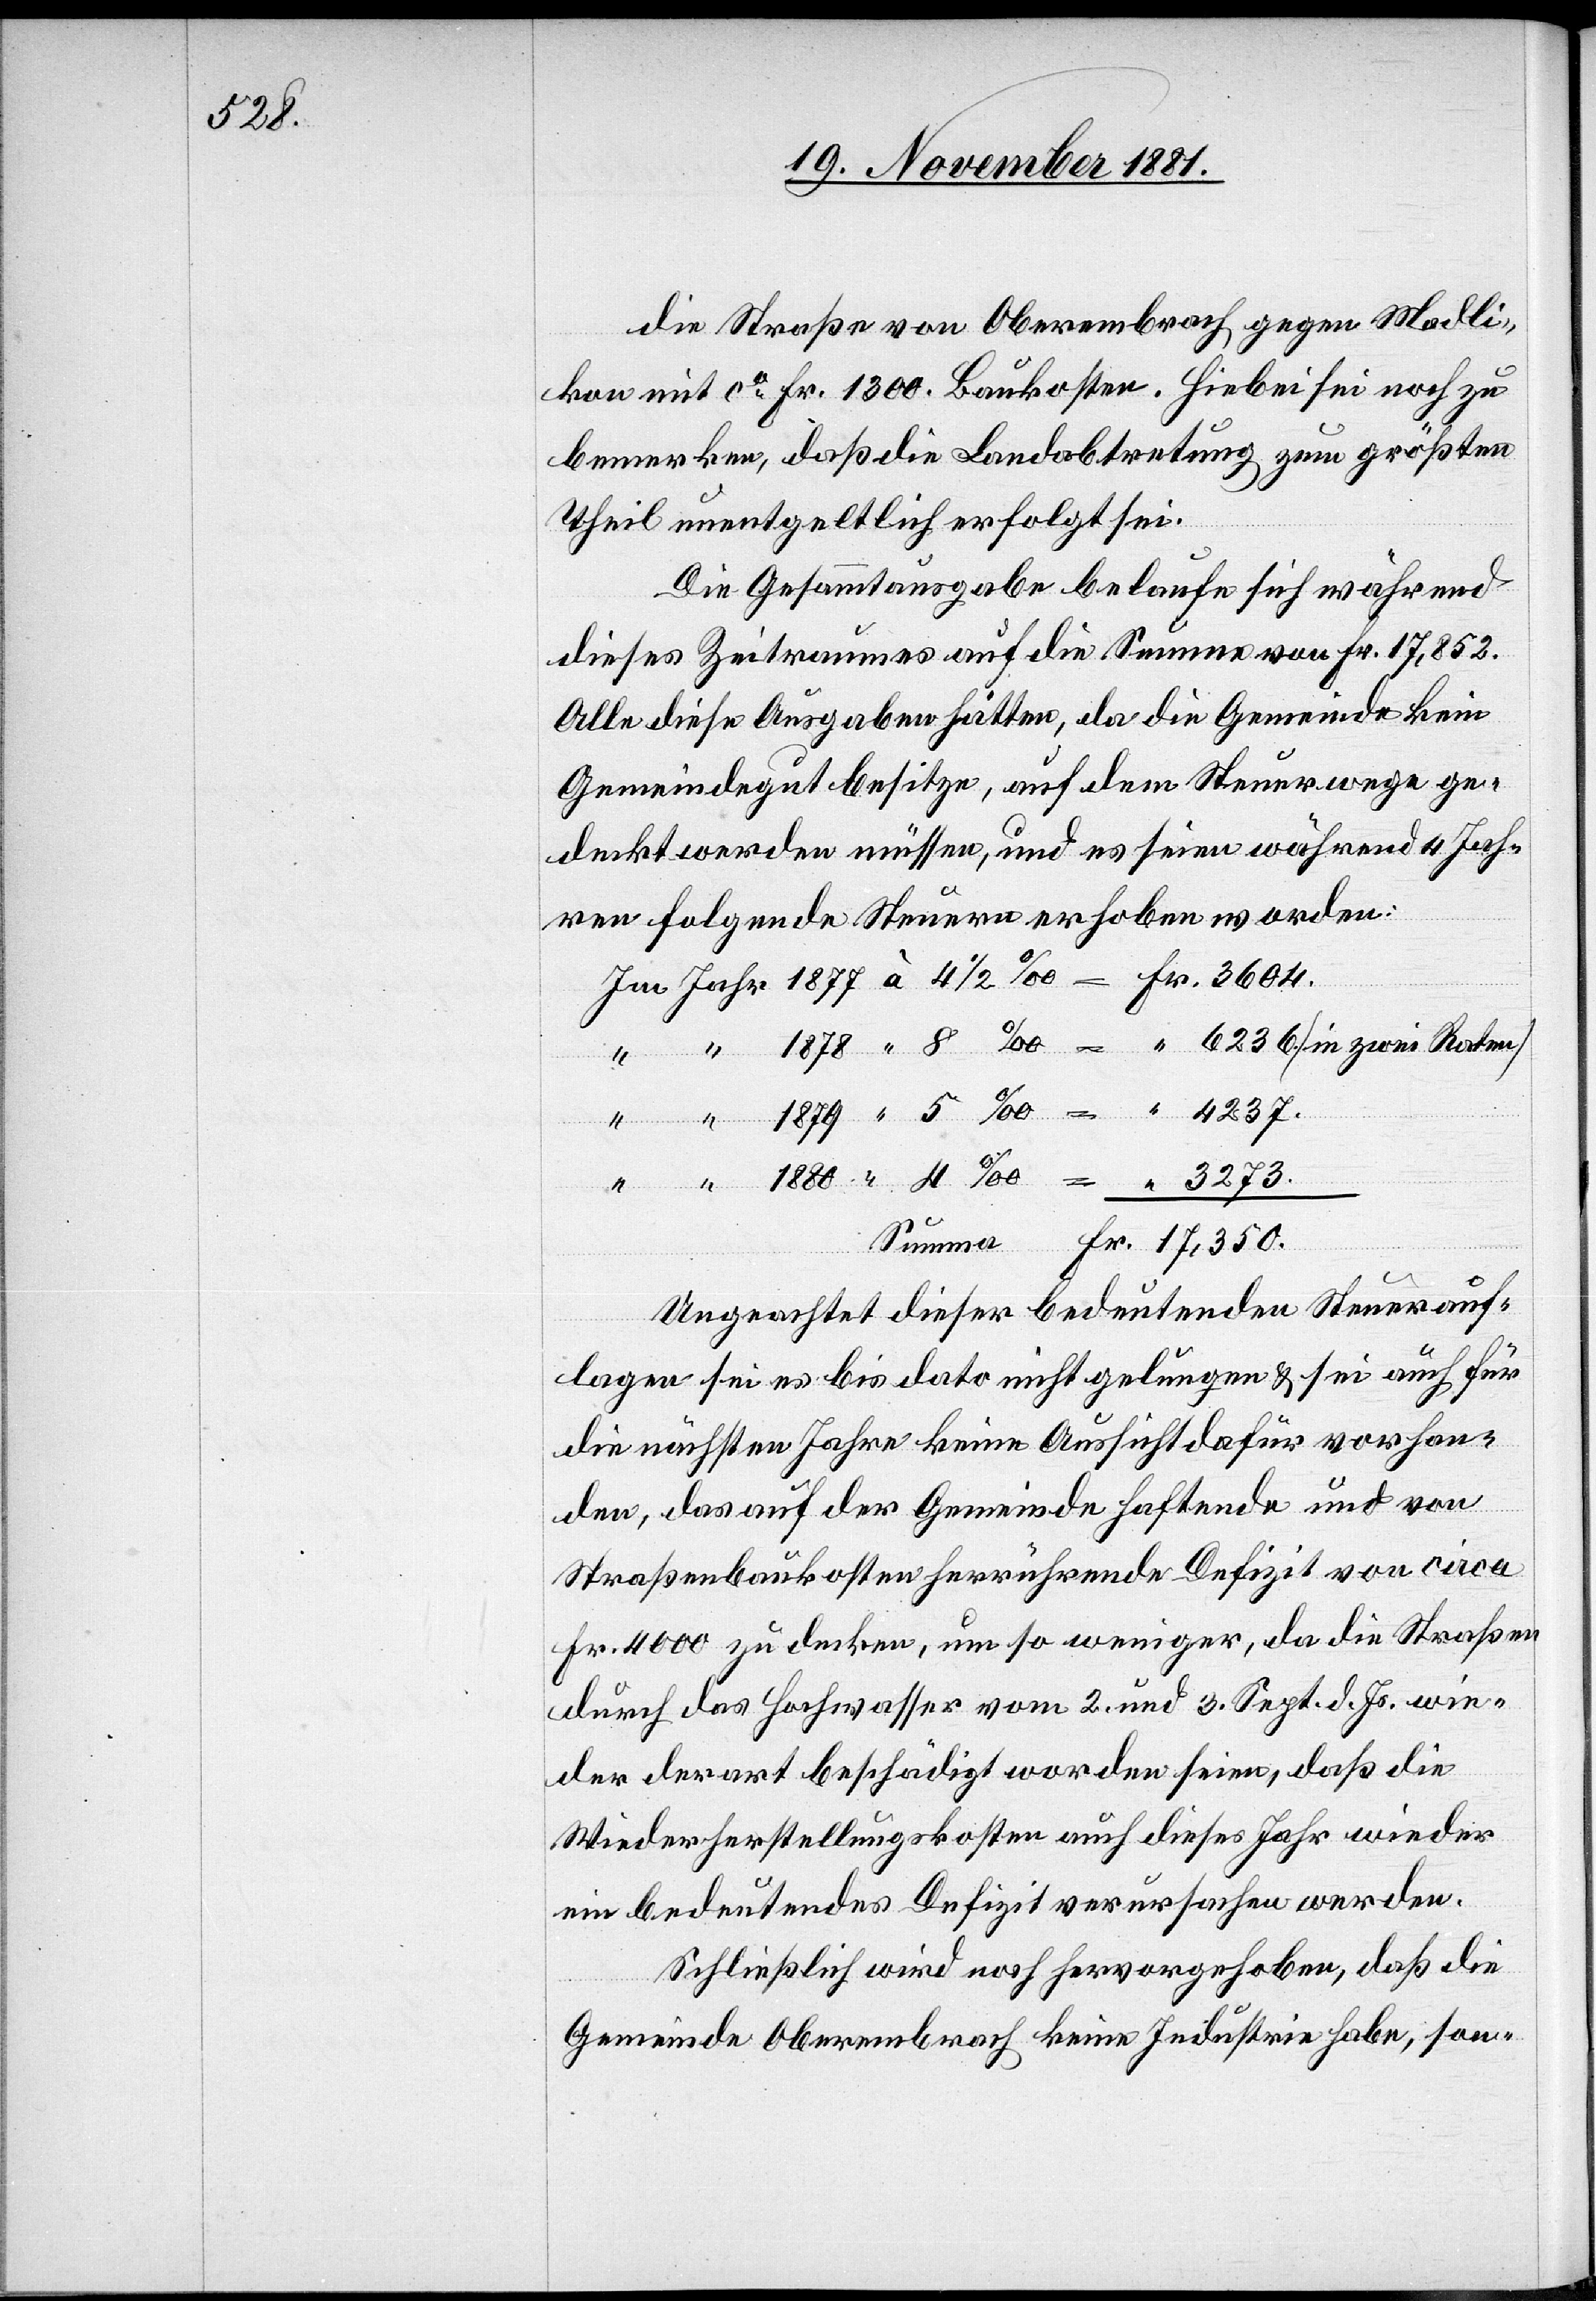
“ 3273.

die Straße von Oberembrach gegen Madli¬
kon mit ca Fr. 1300. Baukosten. Hiebei sei noch zu
bemerken, daß die Landabtretung zum größten
Theil unentgeltlich erfolgt sei.
Die Gesammtausgabe belaufe sich während
dieses Zeitraumes auf die Summe von Fr. 17,852.
Alle diese Ausgaben hätten, da die Gemeinde kein
Gemeindegut besitze, auf dem Steuerwege ge¬
deckt werden müssen, und es seien während 4 Jah¬
ren folgende Steuern erhoben worden:
Im Jahr 1877 à 4 1/2‰ = Fr. 3604.
“ 1878 “ 8‰ = “ 6236. (in zwei Raten)
“
“ 1879 “ 5‰ = “ 4237.
Summa		 Fr. 17,350.
Ungeachtet dieser bedeutenden Steuerauf¬
lagen sei es bis dato nicht gelungen & sei auch für
die nächsten Jahre keine Aussicht dafür vorhan¬
den, das auf der Gemeinde haftende und von
Straßenbaukosten herrührende Defizit von circa
Fr. 4000 zu denken, um so weniger, da die Straßen
durch das Hochwasser vom 2. und 3. Sept. d. Js. wie¬
der derart beschädigt worden seien, daß die
Wiederherstellungskosten auch dieses Jahr wieder
ein bedeutendes Defizit verursachen werden.
Schließlich wird noch hervorgehoben, daß die
Gemeinde Oberembrach keine Industrie habe, son-